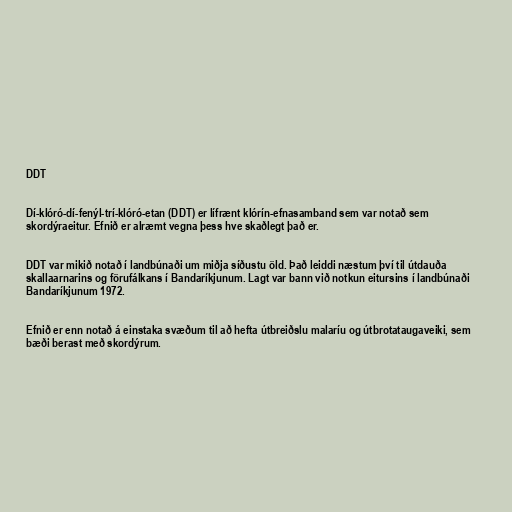
DDT

Dí-klóró-dí-fenýl-trí-klóró-etan (DDT) er lífrænt klórín-efnasamband sem var notað sem
skordýraeitur. Efnið er alræmt vegna þess hve skaðlegt það er.

DDT var mikið notað í landbúnaði um miðja síðustu öld. Það leiddi næstum því til útdauða
skallaarnarins og förufálkans í Bandaríkjunum. Lagt var bann við notkun eitursins í landbúnaði
Bandaríkjunum 1972.

Efnið er enn notað á einstaka svæðum til að hefta útbreiðslu malaríu og útbrotataugaveiki, sem
bæði berast með skordýrum.